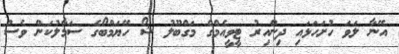
އޭނާ ލަވަ ހުށަހަޅައި ދިންއިރު ޓީވީއެމްގެ މަގްބޫލު ޝޯ ހޭޔަމްބޯގެ ސަމާލުކަން ވެސް